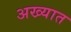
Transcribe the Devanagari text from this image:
अख्यात